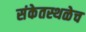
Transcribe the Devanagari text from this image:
संकेतस्थळेच